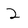
Character: 2